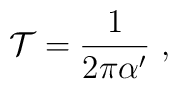
\mathcal{T}=\frac{1}{2\pi \alpha ^{\prime }}\ ,